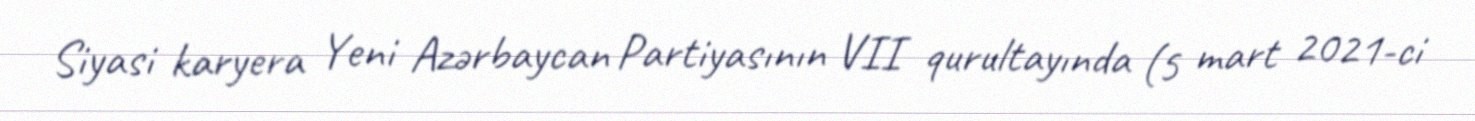
Siyasi karyera Yeni Azərbaycan Partiyasının VII qurultayında (5 mart 2021-ci